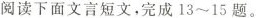
阅读下面文言短文，完成13~15题。